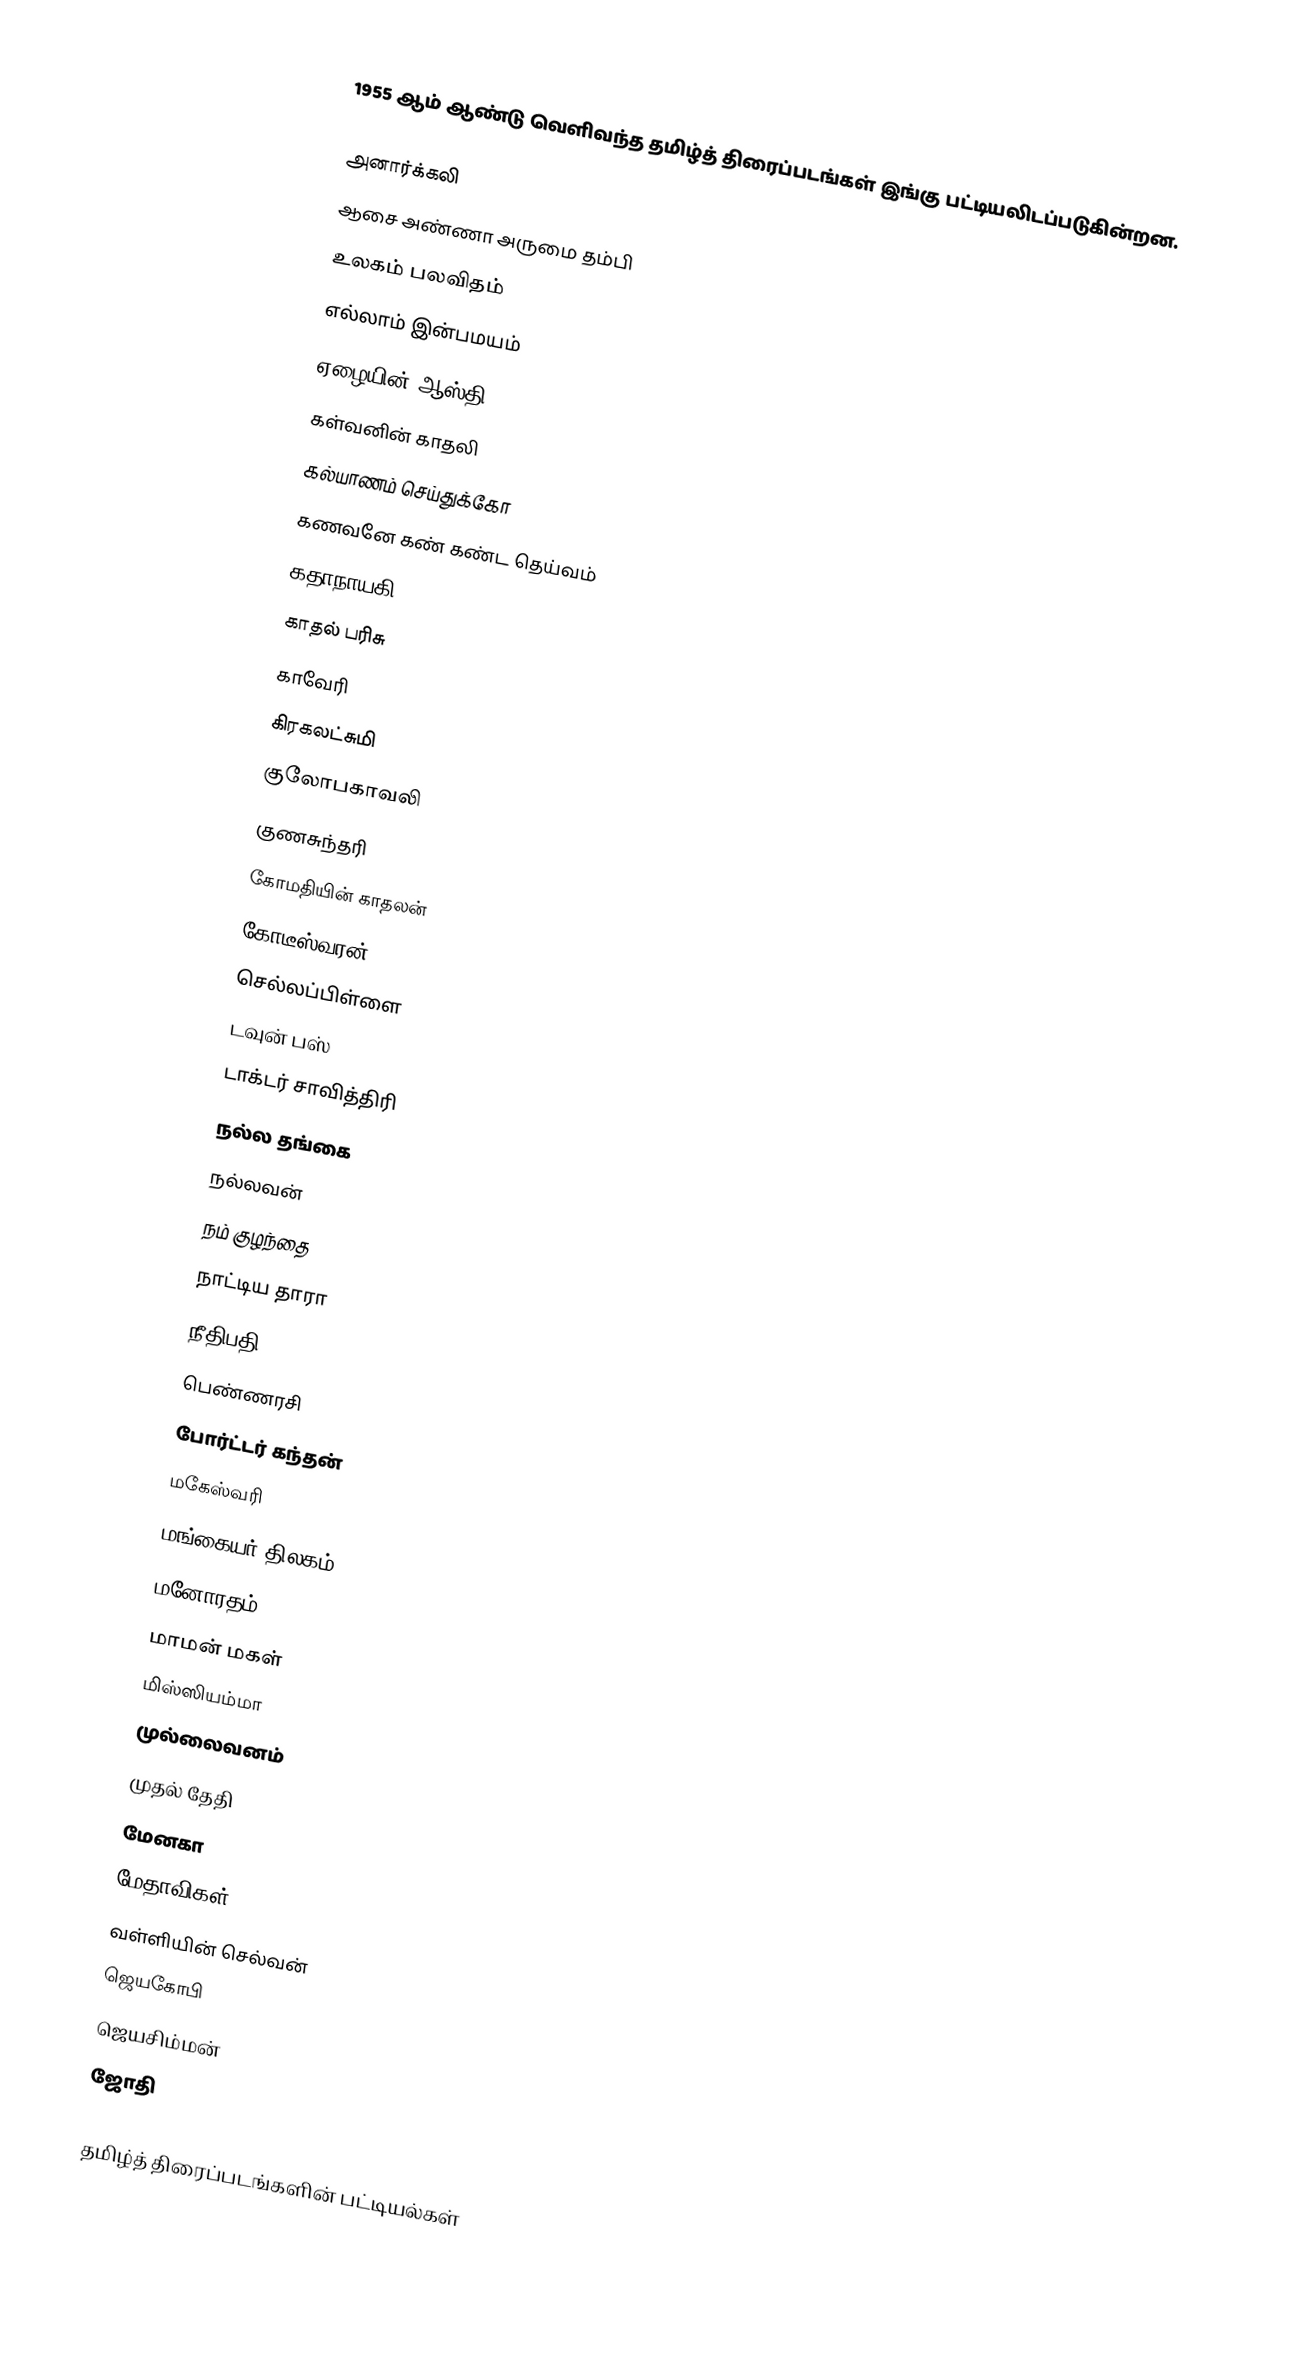
1955 ஆம் ஆண்டு வெளிவந்த தமிழ்த் திரைப்படங்கள் இங்கு பட்டியலிடப்படுகின்றன.

அனார்க்கலி
 ஆசை அண்ணா அருமை தம்பி
 உலகம் பலவிதம்
 எல்லாம் இன்பமயம்
 ஏழையின் ஆஸ்தி
 கள்வனின் காதலி
 கல்யாணம் செய்துக்கோ
 கணவனே கண் கண்ட தெய்வம்
 கதாநாயகி
 காதல் பரிசு
 காவேரி
 கிரகலட்சுமி
 குலோபகாவலி
 குணசுந்தரி
 கோமதியின் காதலன்
 கோடீஸ்வரன்
 செல்லப்பிள்ளை
 டவுன் பஸ்
 டாக்டர் சாவித்திரி
 நல்ல தங்கை
 நல்லவன்
 நம் குழந்தை
 நாட்டிய தாரா
 நீதிபதி
 பெண்ணரசி
 போர்ட்டர் கந்தன்
 மகேஸ்வரி
 மங்கையர் திலகம்
 மனோரதம்
 மாமன் மகள்
 மிஸ்ஸியம்மா
 முல்லைவனம்
 முதல் தேதி
 மேனகா
 மேதாவிகள்
 வள்ளியின் செல்வன்
 ஜெயகோபி
 ஜெயசிம்மன்
 ஜோதி

தமிழ்த் திரைப்படங்களின் பட்டியல்கள்